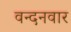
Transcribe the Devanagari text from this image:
वन्‍दनवार